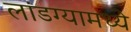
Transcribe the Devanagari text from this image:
लांडग्यामध्ये